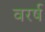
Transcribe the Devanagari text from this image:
वरर्ष